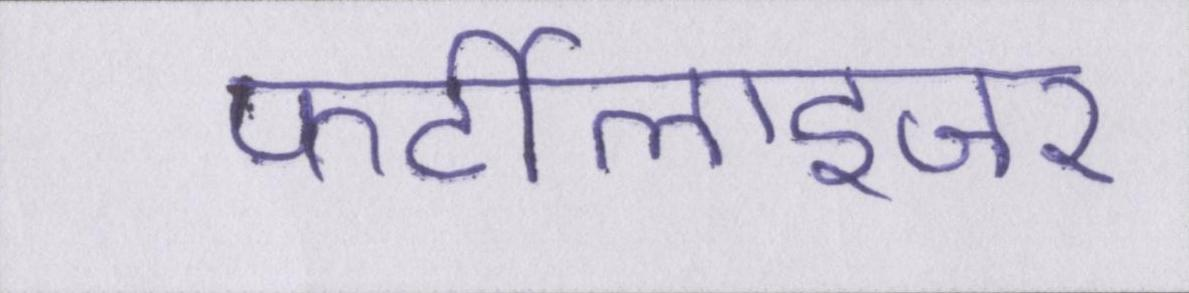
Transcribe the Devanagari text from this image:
फर्टीलाइजर